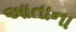
આતાના